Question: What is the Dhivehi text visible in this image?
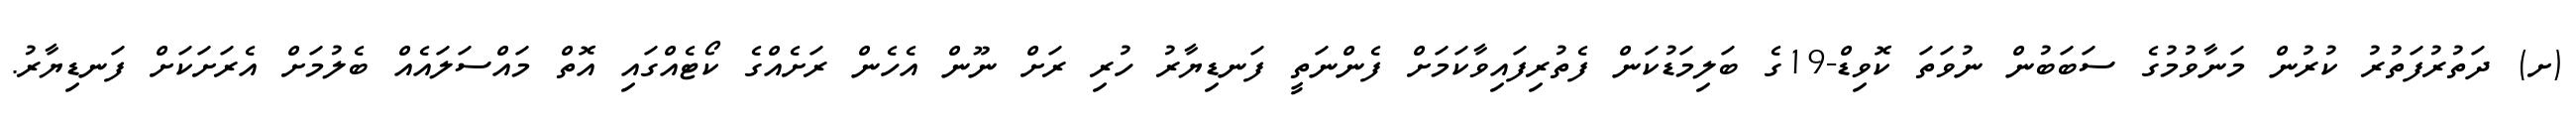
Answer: (ށ) ދަތުރުފަތުރު ކުރުން މަނާވުމުގެ ސަބަބުން ނުވަތަ ކޮވިޑް-19ގެ ބަލިމަޑުކަން ފެތުރިފައިވާކަމަށް ފެންނަތީ ފަނޑިޔާރު ހުރި ރަށް ނޫން އެހެން ރަށެއްގެ ކޯޓެއްގައި އޮތް މައްސަލައެއް ބެލުމަށް އެރަށަކަށް ފަނޑިޔާރު.